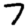
Digit: 7